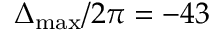
\Delta _ { \mathrm { m a x } } / 2 \pi = - 4 3